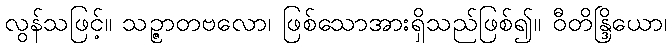
လွန်သဖြင့်။ သဉ္ဇာတဗလော၊ ဖြစ်သောအားရှိသည်ဖြစ်၍။ ဝီတိန္ဒြိယော၊